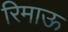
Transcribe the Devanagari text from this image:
रिमाऊ